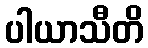
ပါယာသီတိ